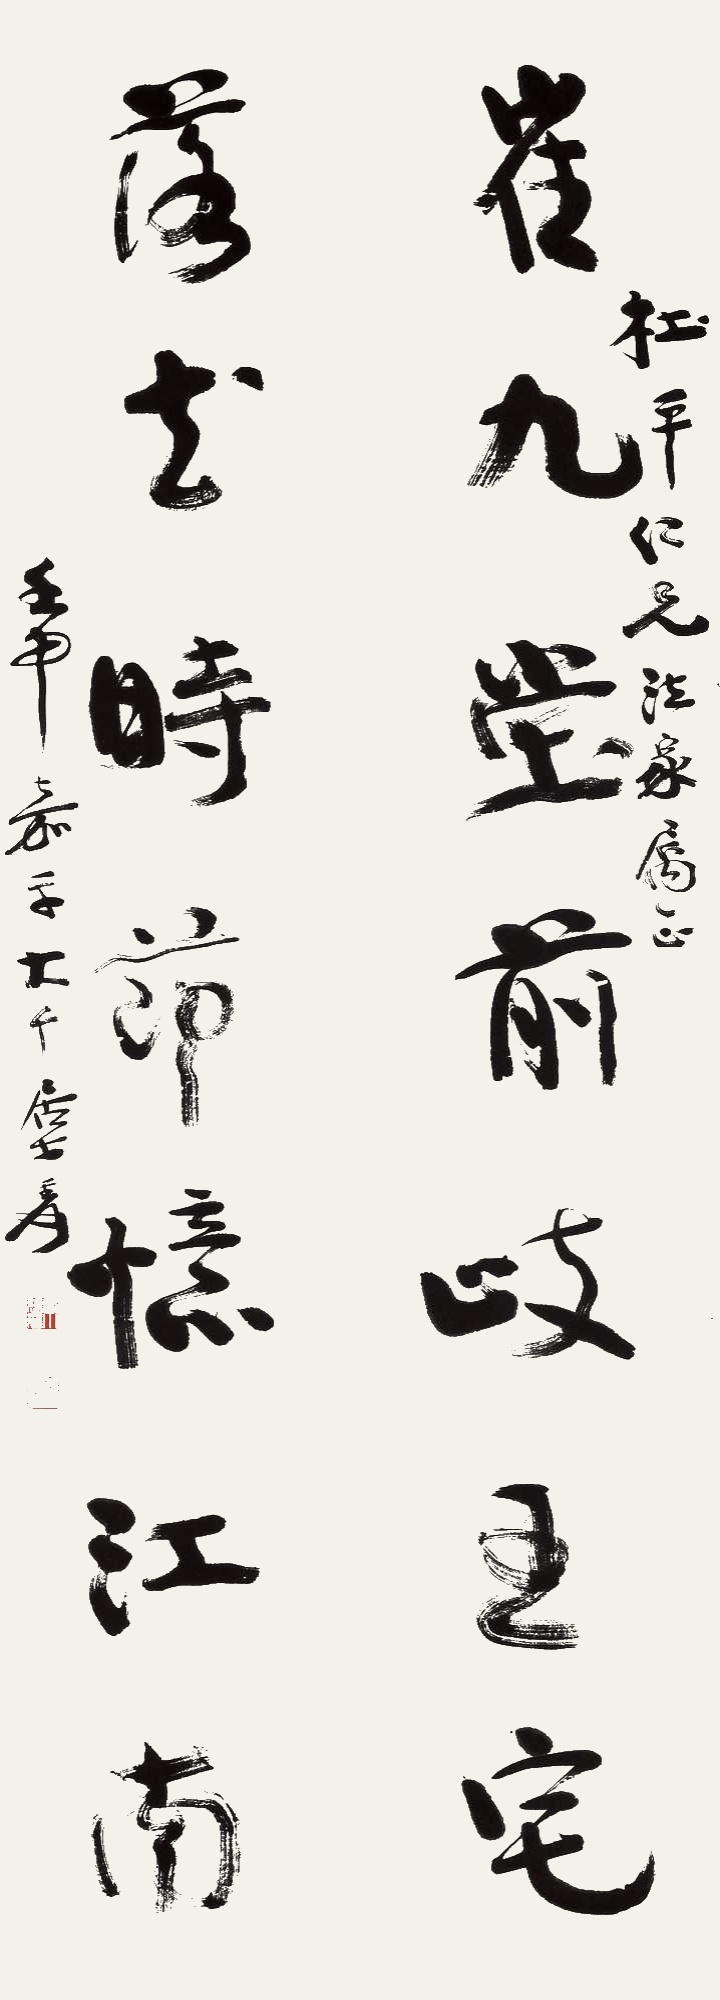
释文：崔九堂前岐王宅，落花时节忆江南。杜平仁兄法家属正，壬申嘉平，大千居士爰。